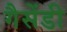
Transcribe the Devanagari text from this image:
गैसेंडी